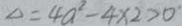
\Delta = 4 a ^ { 2 } - 4 x 2 > 0